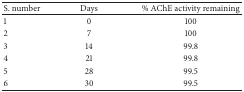
<table><thead><tr><td><b>S. number</b></td><td><b>Days</b></td><td><b>% AChE activity remaining</b></td></tr></thead><tbody><tr><td>1</td><td>0</td><td>100</td></tr><tr><td>2</td><td>7</td><td>100</td></tr><tr><td>3</td><td>14</td><td>99.8</td></tr><tr><td>4</td><td>21</td><td>99.8</td></tr><tr><td>5</td><td>28</td><td>99.5</td></tr><tr><td>6</td><td>30</td><td>99.5</td></tr></tbody></table>